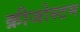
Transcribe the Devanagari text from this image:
क्रीजोस्टम